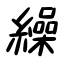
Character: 繰